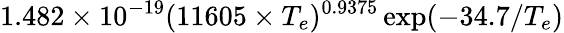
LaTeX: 1.482\times 10^{-19}(11605\times T_{e})^{0.9375}\exp({-34.7/T_{e}})